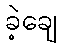
ခဲ့ချေ